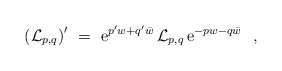
\begin{align*}\left( {\cal L} _{p,q} \right) ^{\prime} \ =\ {\rm e}^{p ^{\prime}w+q ^{\prime}\bar w} \, {\cal L} _{p,q} \, {\rm e}^{-p w-q \bar w} \ \ ,\end{align*}